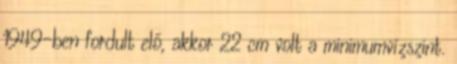
1949-ben fordult elő, akkor 22 cm volt a minimumvízszint.